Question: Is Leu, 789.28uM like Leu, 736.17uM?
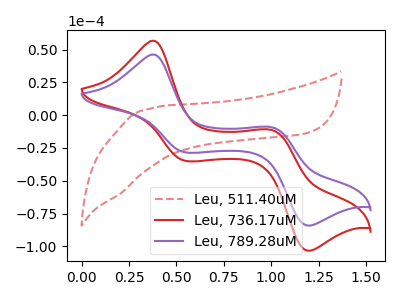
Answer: <think>The red dashed curve "Leu, 511.40uM" has no peaks. The red curve "Leu, 736.17uM" has anodic peaks at (0.40V, 56.80uA) (1.00V, -11.50uA) and cathodic peaks at (0.55V, -34.90uA) (1.20V, -103.40uA). The purple curve "Leu, 789.28uM" has anodic peaks at (0.40V, 46.25uA) (1.00V, -9.40uA) and cathodic peaks at (0.55V, -28.45uA) (1.20V, -84.25uA).
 All the peaks in "Leu, 789.28uM" have a peak in "Leu, 736.17uM" at the same potential.</think>
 <answer>"Leu, 789.28uM" and "Leu, 736.17uM" are similar in shape.</answer>
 <eval>same_shape</eval>